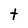
Character: t